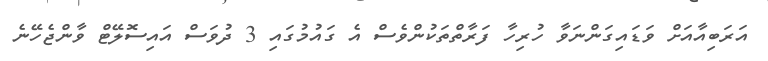
އަރަބިއާއަށް ވަޑައިގަންނަވާ ހުރިހާ ފަރާތްތަކުންވެސް އެ ގައުމުގައި 3 ދުވަސް އައިސޮލޭޓް ވާންޖެހޭނެ